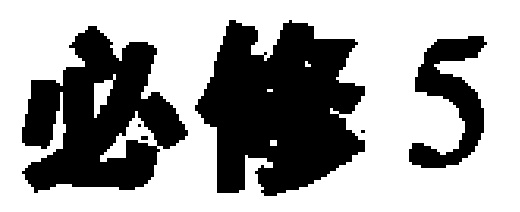
必修5